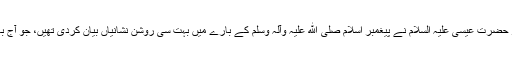
ان میں سے حضرت موسیٰ علیہ السلام اور حضرت عیسیٰ علیہ السلام نے پیغمبر اسلام صلی الله علیہ وآلہ وسلم کے بارے میں بہت سی روشن نشانیاں بیان کردی تھیں، جو آج بھی ان کی بہت سی کتابوں میں موجود ہیں۔